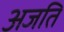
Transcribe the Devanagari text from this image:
अजति